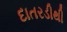
દાતરડીથી